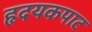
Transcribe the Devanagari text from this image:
हृदयकपाट